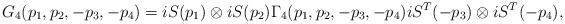
LaTeX: \begin{align*}G_4(p_1, p_2, -p_3, -p_4)=iS(p_1)\otimes iS(p_2)\Gamma_4(p_1, p_2, -p_3, -p_4)iS^T(-p_3)\otimes iS^T(-p_4),\end{align*}